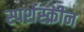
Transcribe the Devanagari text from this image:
स्पर्शस्क्रीन